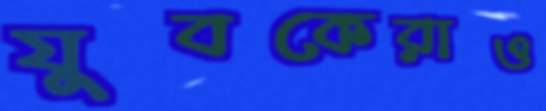
যুবকেরাও